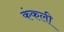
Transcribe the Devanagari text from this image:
कंकली